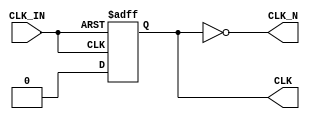
module diff_clock_buffer (
    input wire CLK_IN,        // Single-ended clock input
    output wire CLK,          // Positive differential clock output
    output wire CLK_N         // Negative differential clock output
);

    // Parameters for the design
    parameter VDD = 3.3;     // Supply voltage
    parameter VSS = 0;        // Ground
    parameter RISE_TIME = 1;  // Rise time in ns
    parameter FALL_TIME = 1;   // Fall time in ns

    // Internal signals
    reg CLK_IN_buf;           // Buffered input clock signal

    // Input Stage: Schmitt Trigger (Simple Version)
    always @(posedge CLK_IN or negedge CLK_IN) begin
        if (CLK_IN) begin
            CLK_IN_buf <= 1'b1; // High state
        end else begin
            CLK_IN_buf <= 1'b0; // Low state
        end
    end

    // Buffer Stage: Generating Differential Outputs
    assign CLK = CLK_IN_buf;          // Positive output
    assign CLK_N = ~CLK_IN_buf;       // Negative output (inverted)

    // Output Stage: Drive Capability (for simulation)
    // Note: In a real implementation, you would want to include drive strength and load considerations
    specify
        (CLK_IN => CLK) = RISE_TIME;  // Specify rise time
        (CLK_IN => CLK_N) = FALL_TIME; // Specify fall time
    endspecify

endmodule